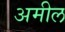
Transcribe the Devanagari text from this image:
अमील